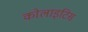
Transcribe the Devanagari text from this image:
कोलाइटिस